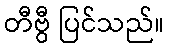
တီဗွီ ပြင်သည်။